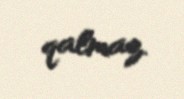
qalmaz.